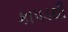
કાપડથી